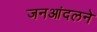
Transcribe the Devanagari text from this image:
जनआंदलने